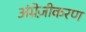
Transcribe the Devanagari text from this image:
अंग्रेज़ीकरण